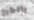
بالطبع